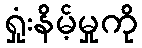
ရှုံးနိမ့်မှုကို